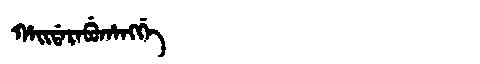
Manchu: ᡥᠠᡳᡩᠠᡵᠠᠪᡠᡥᠠᠩᡤᡝ
Romanization: HAIDARABUHANGGE